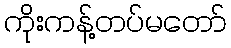
ကိုးကန့်တပ်မတော်